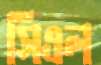
সিএল